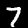
Label: 7